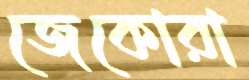
জেকোরা